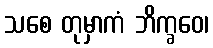
သစေ တုမှာကံ ဘိက္ခဝေ၊